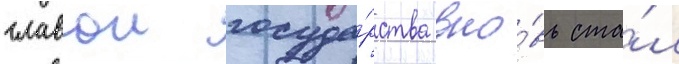
главои госуда́рства вно́вь ста́л